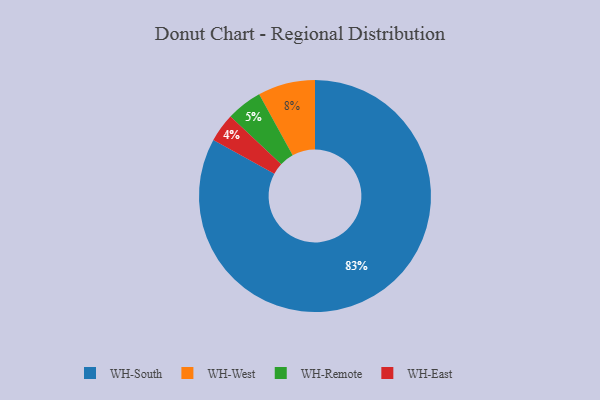
{"axis": {"x": "Category", "y": "Percentage"}, "legend": ["WH-East", "WH-Remote", "WH-South", "WH-West"], "data": [{"x": "WH-West", "y": 8, "type": "WH-West"}, {"x": "WH-Remote", "y": 5, "type": "WH-Remote"}, {"x": "WH-South", "y": 83, "type": "WH-South"}, {"x": "WH-East", "y": 4, "type": "WH-East"}]}